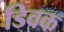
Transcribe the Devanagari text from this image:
डिवक